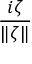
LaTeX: \frac { i \zeta } { \| \zeta \| }